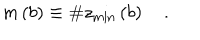
LaTeX: m \left( b \right) \equiv \# z _ { \min } \left( b \right) \quad .